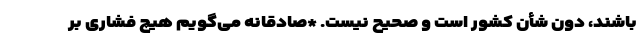
باشند، دون شأن کشور است و صحیح نیست. *صادقانه می‌گویم هیچ فشاری بر